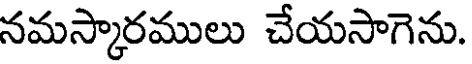
నమస్కారములు చేయసాగెను.